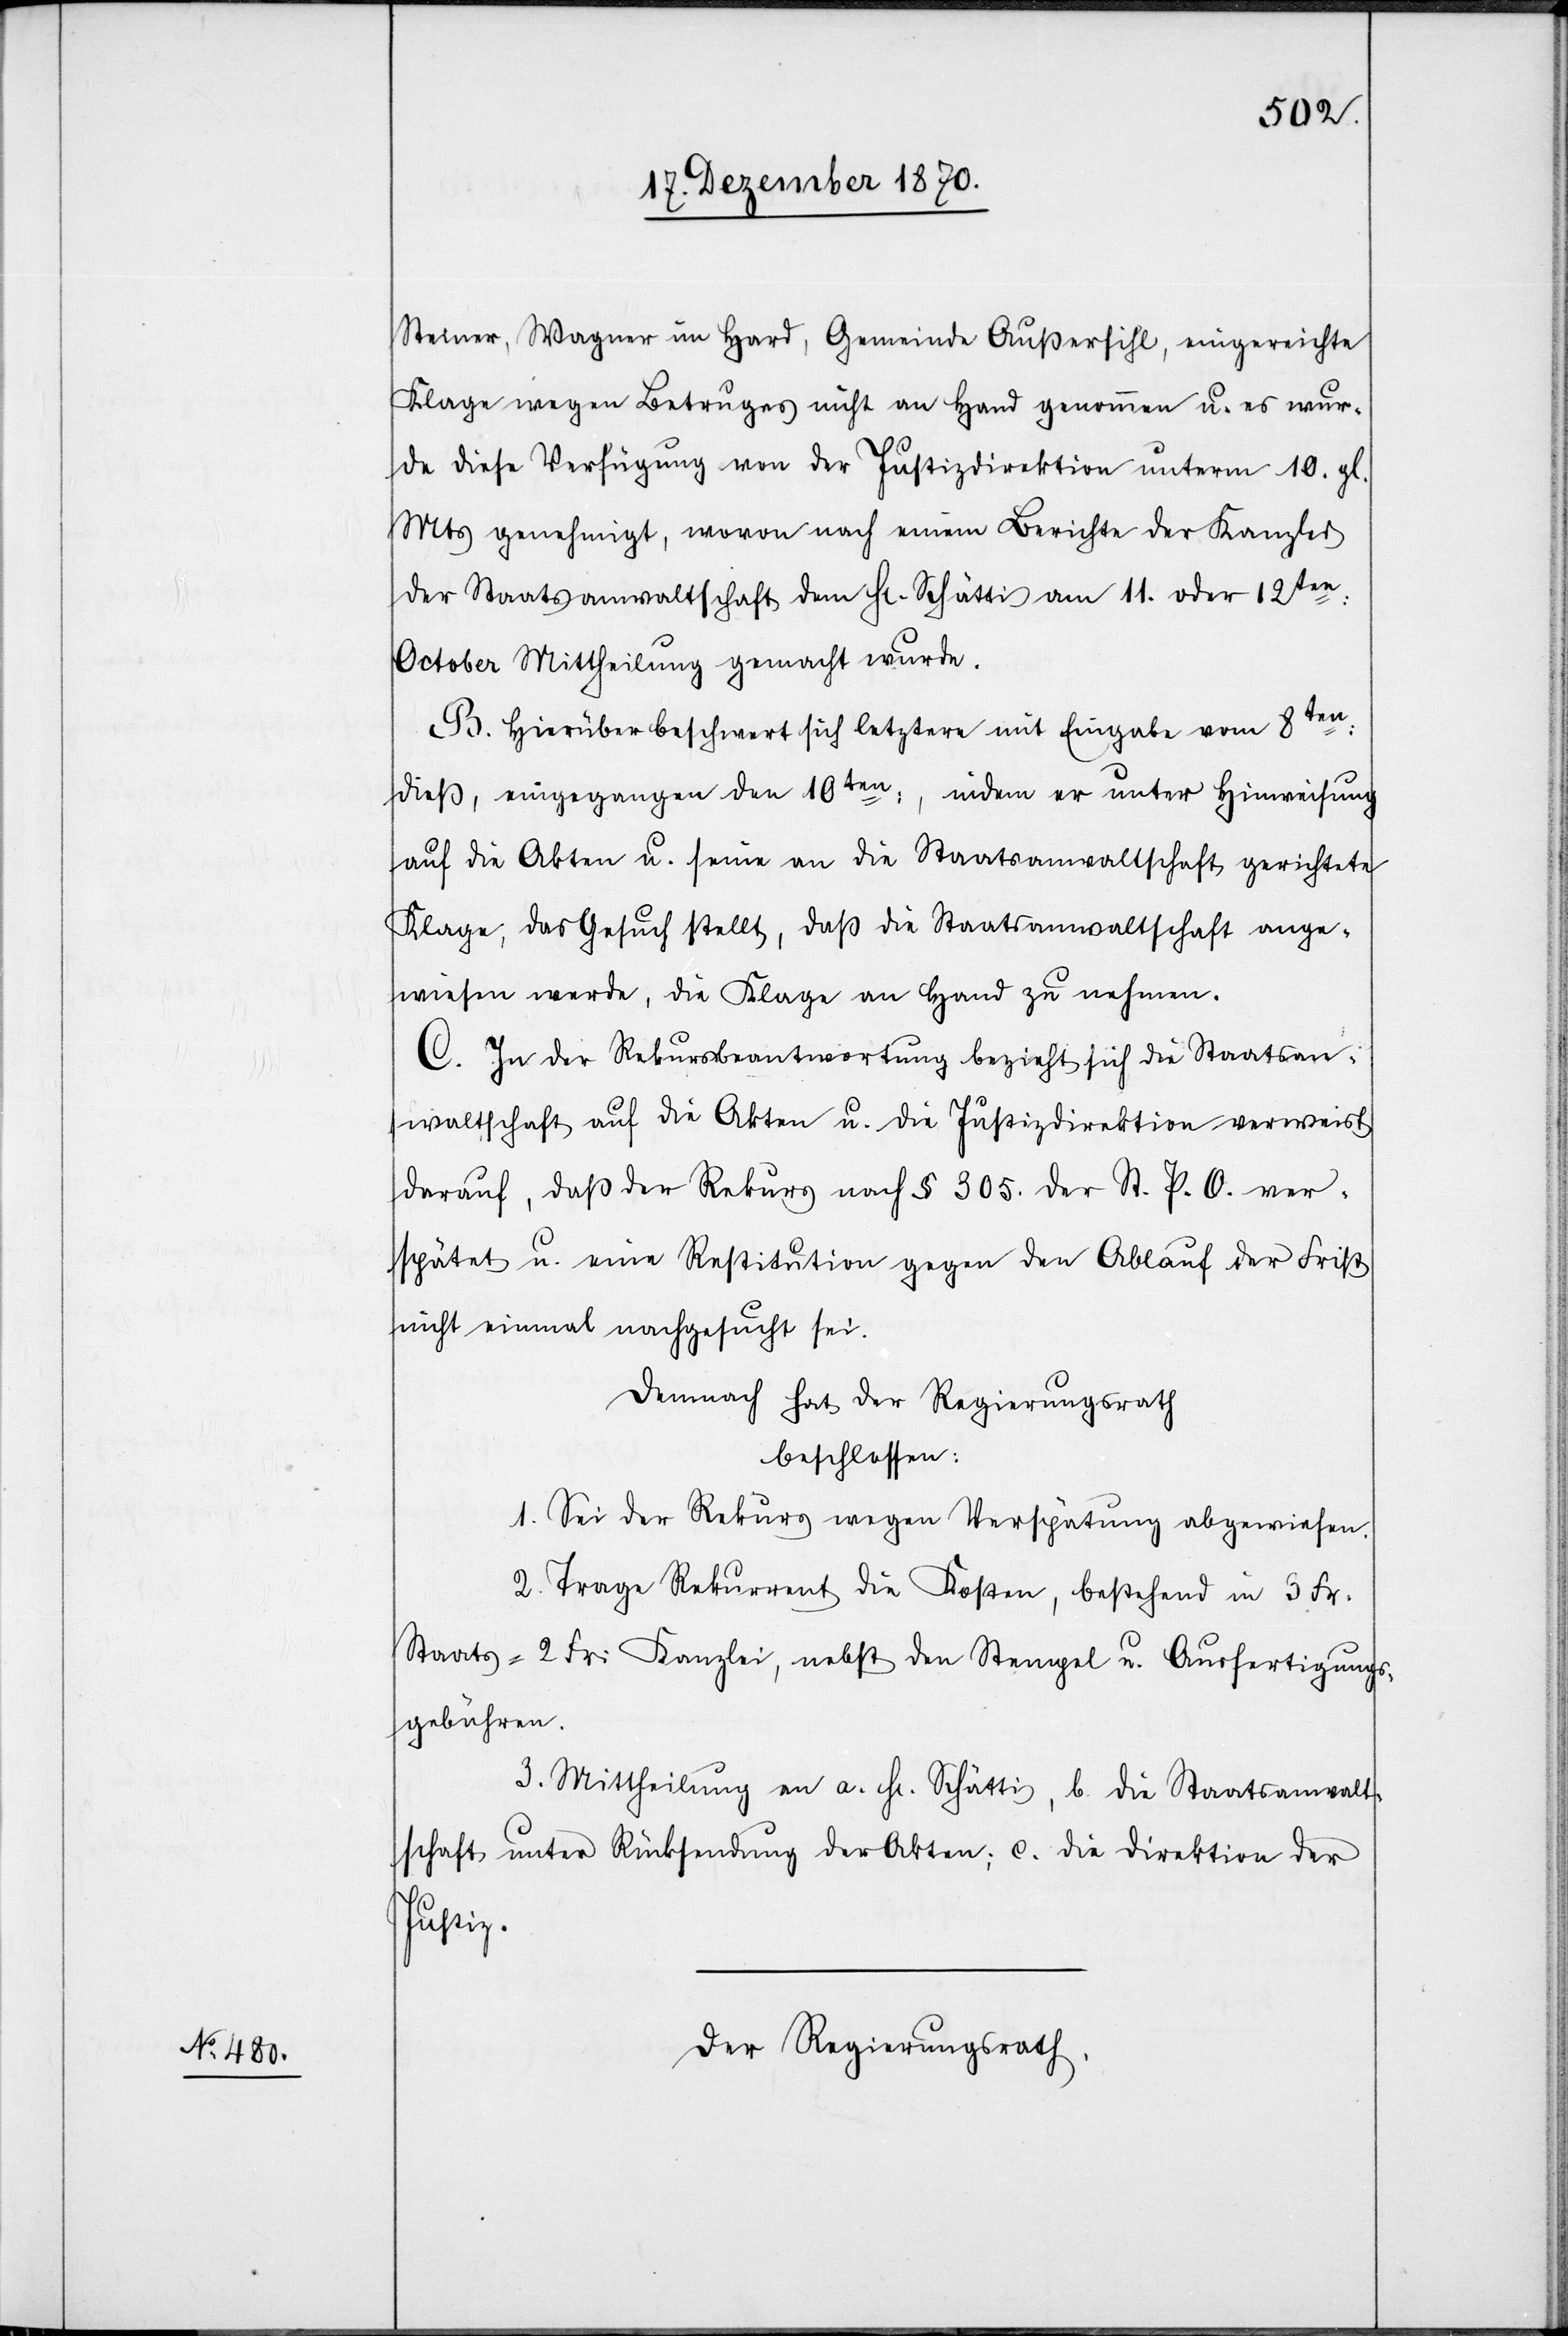
Steiner, Wagner im Hard, Gemeinde Außersihl, eingereichte
Klage wegen Betruges nicht an Hand genommen u. es wur¬
de diese Verfügung von der Justizdirektion unterm 10. gl.
Mts genehmigt, wovon nach einem Berichte der Kanzlei
der Staatsanwaltschaft dem H[errn] Schätti am 11. oder 12ten:
October Mittheilung gemacht wurde.
B. Hierüber beschwert sich letztere mit Eingabe vom 8ten:
dieß, eingegangen den 10ten:, indem er unter Hinweisung
auf die Akten u. seine an die Staatsanwaltschaft gerichtete
Klage, das Gesuch stellt, daß die Staatsanwaltschaft ange¬
wiesen werde, die Klage an Hand zu nehmen.
C. In der Rekursbeantwortung bezieht sich die Staatsan¬
waltschaft auf die Akten u. die Justizdirektion verweist
darauf, daß der Rekurs nach § 305. des St. P. O. ver¬
spätet u. eine Restitution gegen den Ablauf der Frist
nicht einmal nachgesucht sei.
Demnach hat der Regierungsrath
beschlossen:
1. Sei der Rekurs wegen Verspätung abgewiesen.
2. Trage Rekurrent die Kosten, bestehend in 3 Fr.
Staats-[,] 2 Fr: Kanzlei[-], nebst den Stempel[-] und Ausfertigungs¬
gebühren.
3. Mittheilung an a. H[errn] Schätti, b. die Staatsanwalt¬
schaft unter Rücksendung der Akten; c. die Direktion der
Justiz.
Der Regierungsrath,